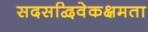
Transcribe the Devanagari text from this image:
सदसद्विवेकक्षमता